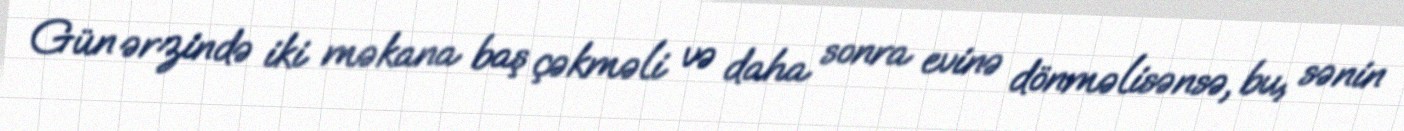
Gün ərzində iki məkana baş çəkməli və daha sonra evinə dönməlisənsə, bu, sənin